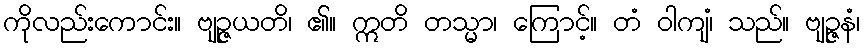
ကိုလည်းကောင်း။ ဗျဉ္ဇယတိ၊ ၏။ ဣတိ တသ္မာ၊ ကြောင့်။ တံ ဝါကျံ၊ သည်။ ဗျဉ္ဇနံ၊